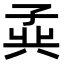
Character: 𪦾